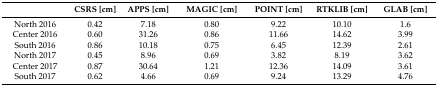
|  | CSRS [cm] | APPS [cm] | MAGIC [cm] | POINT [cm] | RTKLIB [cm] | GLAB [cm] |
 | --- | --- | --- | --- | --- | --- | --- |
 | North 2016 | 0.42 | 7.18 | 0.80 | 9.22 | 10.10 | 1.6 |
 | Center 2016 | 0.60 | 31.26 | 0.86 | 11.66 | 14.62 | 3.99 |
 | South 2016 | 0.86 | 10.18 | 0.75 | 6.45 | 12.39 | 2.61 |
 | North 2017 | 0.45 | 8.96 | 0.69 | 3.82 | 8.19 | 3.62 |
 | Center 2017 | 0.87 | 30.64 | 1.21 | 12.36 | 14.09 | 3.61 |
 | South 2017 | 0.62 | 4.66 | 0.69 | 9.24 | 13.29 | 4.76 |